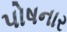
પોષનાર